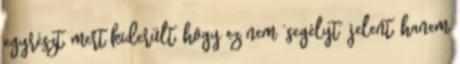
egyrészt, mert kiderült, hogy ez nem “segélyt” jelent, hanem